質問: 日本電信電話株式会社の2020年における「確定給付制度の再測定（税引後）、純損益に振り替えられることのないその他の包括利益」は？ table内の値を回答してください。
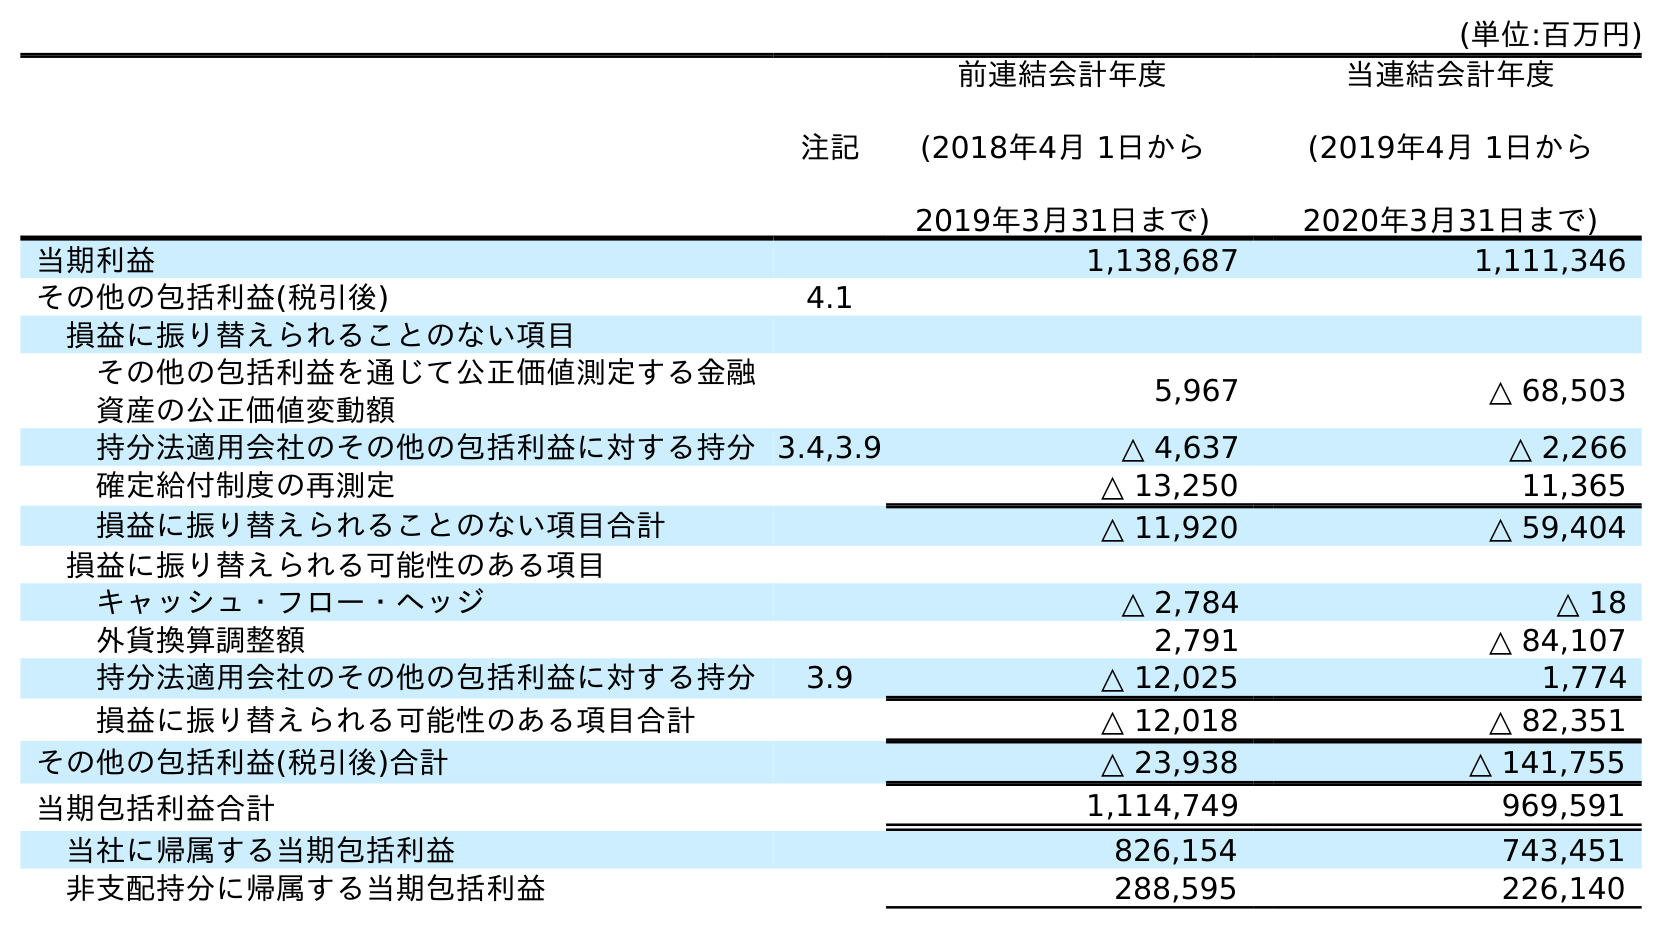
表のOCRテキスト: (単位:百万円) 注記 前連結会計年度 (2018年4月 1日から 2019年3月31日まで) 当連結会計年度 (2019年4月 1日から 2020年3月31日まで) 当期利益 1,138,687 1,111,346 その他の包括利益(税引後) 4.1 損益に振り替えられることのない項目 その他の包括利益を通じて公正価値測定する金融 資産の公正価値変動額 5,967 △ 68,503 持分法適用会社のその他の包括利益に対する持分3.4,3.9 △ 4,637 △ 2,266 確定給付制度の再測定 △ 13,250 11,365 損益に振り替えられることのない項目合計 △ 11,920 △ 59,404 損益に振り替えられる可能性のある項目 キャッシュ・フロー・ヘッジ △ 2,784 △ 18 外貨換算調整額 2,791 △ 84,107 持分法適用会社のその他の包括利益に対する持分 3.9 △ 12,025 1,774 損益に振り替えられる可能性のある項目合計 △ 12,018 △ 82,351 その他の包括利益(税引後)合計 △ 23,938 △ 141,755 当期包括利益合計 1,114,749 969,591 当社に帰属する当期包括利益 826,154 743,451 非支配持分に帰属する当期包括利益 288,595 226,140
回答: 11,365